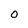
Character: 0